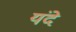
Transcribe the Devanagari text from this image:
यंदे